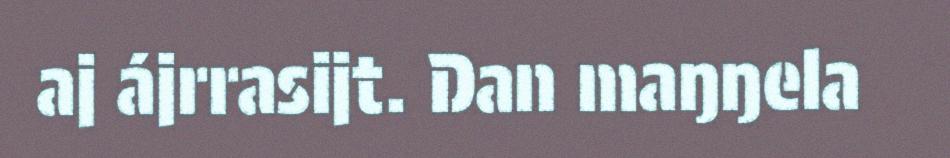
aj ájrrasijt. Dan maŋŋela